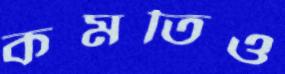
কমতিও